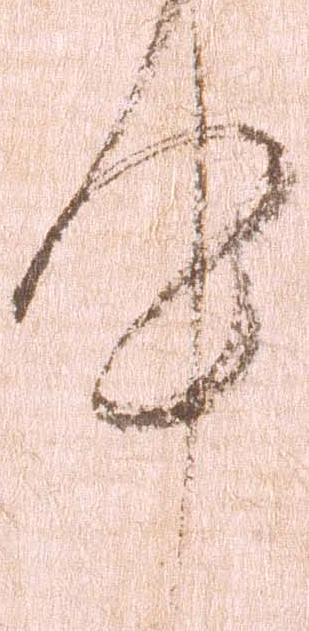
件